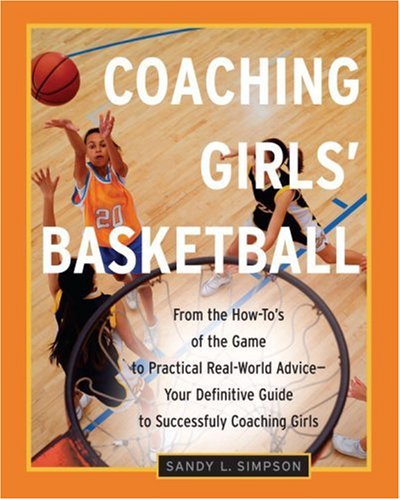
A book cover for Coaching Girls' Basketball: From the How-To's of the Game to Practical Real-World Advice--Your Definitive Guide to Successfully Coaching Girls; Sandy Simpson; Sports & Outdoors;